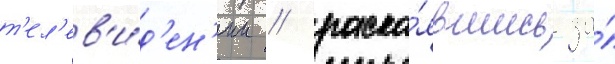
т'ел'ев'и́д'ен'ии / раска́явшись за́